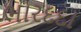
ભારદદા